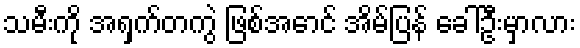
သမီးကို အရှက်တကွဲ ဖြစ်အောင် အိမ်ပြန် ခေါ်ဦးမှာလား